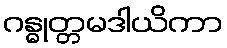
ဂန္ဓုတ္တမဒါယိကာ